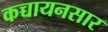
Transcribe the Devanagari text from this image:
कच्चायनसार